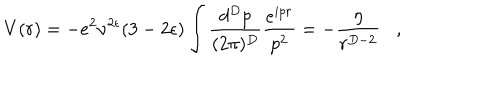
V ( r ) = - e ^ { 2 } \nu ^ { 2 \epsilon } ( 3 - 2 \epsilon ) \int \frac { d ^ { D } p } { ( 2 \pi ) ^ { D } } \frac { e ^ { i p r } } { p ^ { 2 } } = - \frac { \eta } { r ^ { D - 2 } } ,